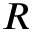
R